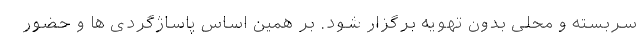
سربسته و محلی بدون تهویه برگزار شود. بر همین اساس پاساژگردی ها و حضور